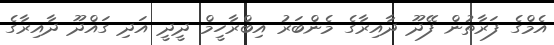
އެމްގެ ފަރާތުން ފޭދޫ ދާއިރާގެ މެންބަރު އިބްރާހީމް ދީދީ އަދި ގައްދޫ ދާއިރާގެ